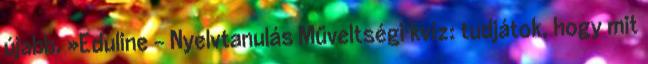
újabb. »Eduline - Nyelvtanulás Műveltségi kvíz: tudjátok, hogy mit